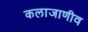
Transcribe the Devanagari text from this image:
कलाजाणीव